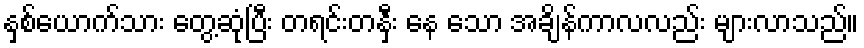
နှစ်ယောက်သား တွေ့ဆုံပြီး တရင်းတနှီး နေ သော အချိန်ကာလလည်း များလာသည်။